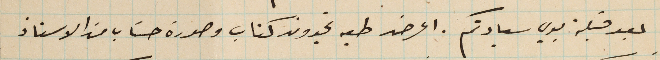
بعد قبلة يدي سيادتكم. اعرض طيه تجدون كتاب وصورة حسَاب من الاستاذ